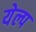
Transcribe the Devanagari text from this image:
येल्प